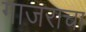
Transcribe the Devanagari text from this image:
गाजराचा